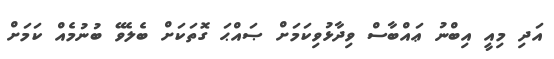
އަދި މިއީ އިބްނު ޢައްބާސް ވިދާޅުވިކަމަށް ޞައްޙަ ގޮތަކަށް ބެލެވޭ ބުނުމެއް ކަމަށް